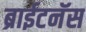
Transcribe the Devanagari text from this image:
ब्राईटनॅस